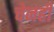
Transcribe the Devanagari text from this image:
चेनही